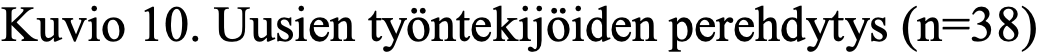
Kuvio 10. Uusien työntekijöiden perehdytys (n=38)